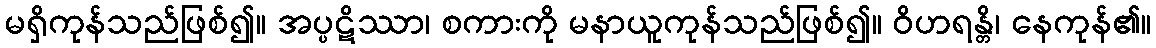
မရှိကုန်သည်ဖြစ်၍။ အပ္ပဋိဿာ၊ စကားကို မနာယူကုန်သည်ဖြစ်၍။ ဝိဟရန္တိ၊ နေကုန်၏။